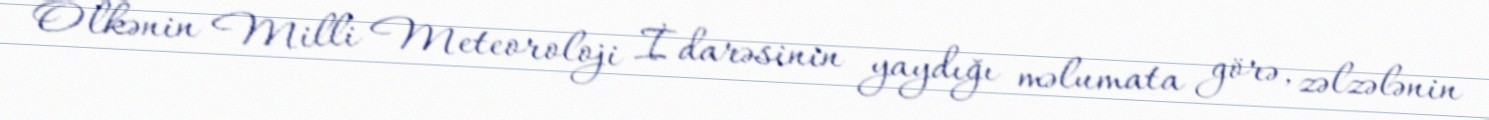
Ölkənin Milli Meteoroloji İdarəsinin yaydığı məlumata görə, zəlzələnin